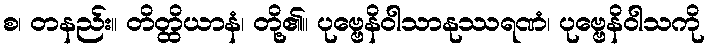
စ၊ တနည်း။ တိတ္ထိယာနံ၊ တို့၏။ ပုဗ္ဗေနိဝါသာနုဿရဏံ၊ ပုဗ္ဗေနိဝါသကို